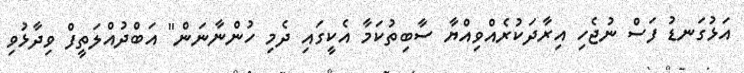
އަޅުގަނޑު ފަސް ނުޖެހި އިރާދަކުރެއްވިއްޔާ ސާބިތުކަމާ އެކީގައި ދެމި ހުންނާނަން" އަބްދުއްލަތީފް ވިދާޅުވި